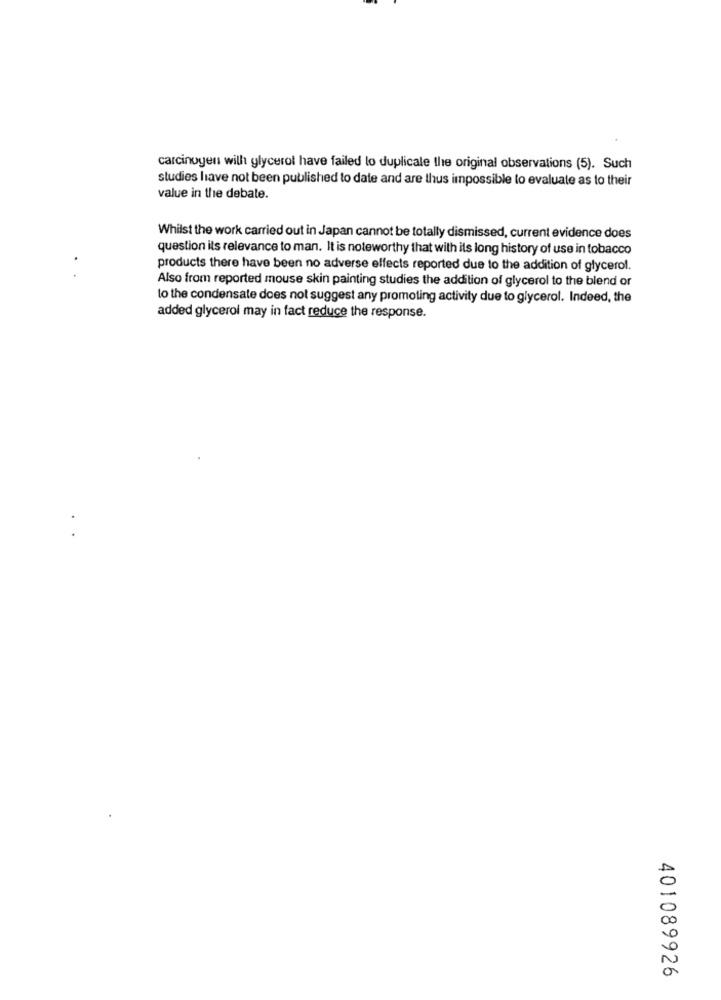
carcinogen will glycerol have failed lo duplicale the original observations (5). Such
studies have not been published to date and are thus impossible to evaluate as to their
value in the debate.
Whilst the work carried out in Japan cannot be totally dismissed, current evidence does
question its relevance to man. It is noteworthy that with its long history of use in tobacco
products there have been no adverse effects reported due to the addition of glycerol.
Also from reported mouse skin painting studies the addition of glycerol to the blend or
to the condensate does not suggest any promoting activity due to glycerol. Indeed, the
added glycerol may in fact reduce the response.
401089926